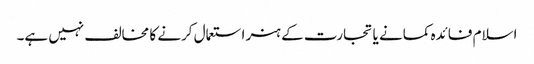
اسلام فائدہ کمانے یا تجارت کے ہنر استعمال کرنے کا مخالف نہیں ہے۔